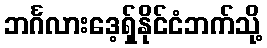
ဘင်္ဂလားဒေ့ရှ်နိုင်ငံဘက်သို့